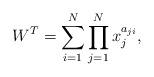
LaTeX: \begin{align*}W^T=\sum_{i=1}^{N}\prod_{j=1}^{N}x_j^{a_{ji}},\end{align*}